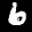
Label: 6